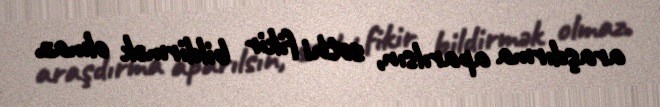
araşdırma aparılsın, səthi fikir bildirmək olmaz.